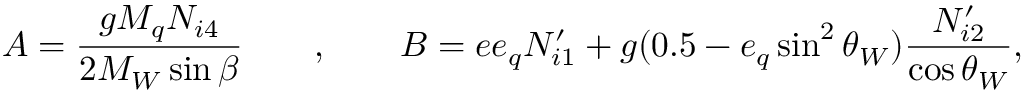
A = \frac { g M _ { q } N _ { i 4 } } { 2 M _ { W } \sin \beta } \qquad , \qquad B = e e _ { q } N _ { i 1 } ^ { \prime } + g ( 0 . 5 - e _ { q } \sin ^ { 2 } \theta _ { W } ) \frac { N _ { i 2 } ^ { \prime } } { \cos \theta _ { W } } ,